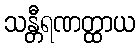
သန္တီရဏတ္ထာယ